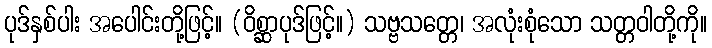
ပုဒ်နှစ်ပါး အပေါင်းတို့ဖြင့်။ (ဝိစ္ဆာပုဒ်ဖြင့်။) သဗ္ဗသတ္တေ၊ အလုံးစုံသော သတ္တဝါတို့ကို။